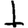
Digit: 1